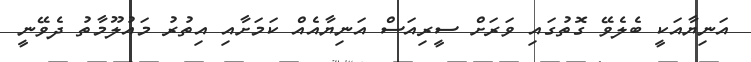
އަނިޔާއަކީ ބެލެވޭ ގޮތުގައި ވަރަށް ސީރިއަސް އަނިޔާއެއް ކަމަށާއި އިތުރު މައުލޫމާތު ދެވޭނީ